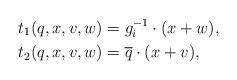
LaTeX: \begin{align*}t_1(q,x,v,w)&=g_i^{-1}\cdot(x+w),\\t_2(q,x,v,w)&=\overline{q}\cdot(x+v),\end{align*}